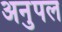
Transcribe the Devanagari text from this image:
अनुपल